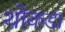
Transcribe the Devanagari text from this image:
थोकडा